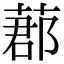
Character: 𦵼